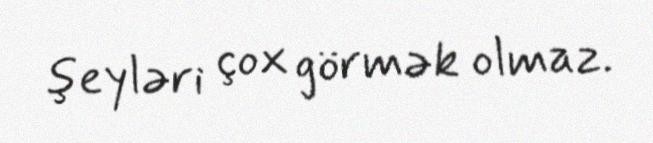
şeyləri çox görmək olmaz.